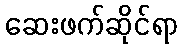
ဆေးဖက်ဆိုင်ရာ